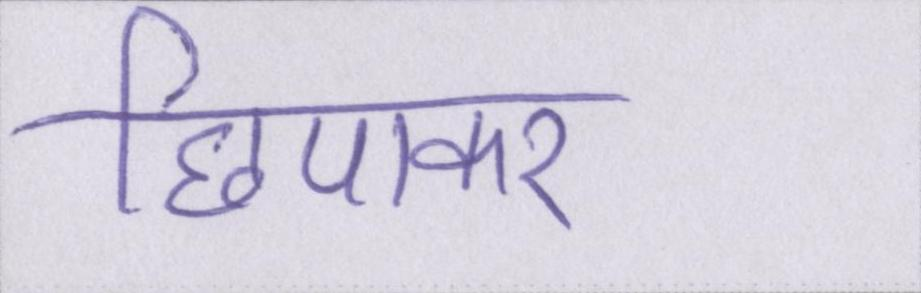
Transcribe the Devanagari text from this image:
छिपाकर